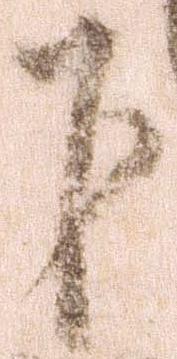
下